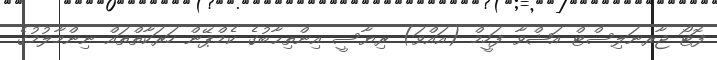
ފޮޓޯ ޖާރނަލިސްޓް އަޝްވާ ފަހީމް (އައްވަ) ރިޔާސީ އިންތިޙާބުގެ ކެމްޕޭން ހަރަކާތްތައް ނިންމާލުމުގެ